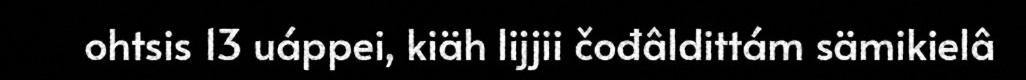
ohtsis 13 uáppei, kiäh lijjii čođâldittám sämikielâ